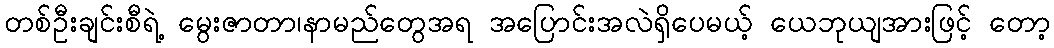
တစ်ဦးချင်းစီရဲ့ မွေးဇာတာ၊နာမည်တွေအရ အပြောင်းအလဲရှိပေမယ့် ယေဘုယျအားဖြင့် တော့